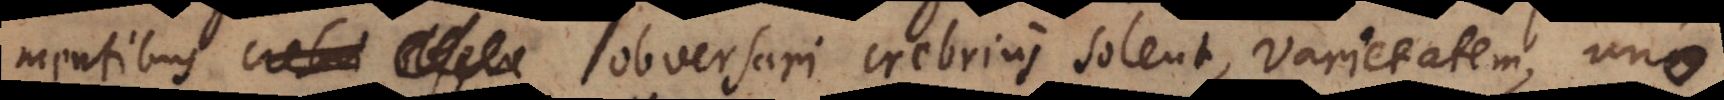
erv obversari crebrius solent, varietatem, uno